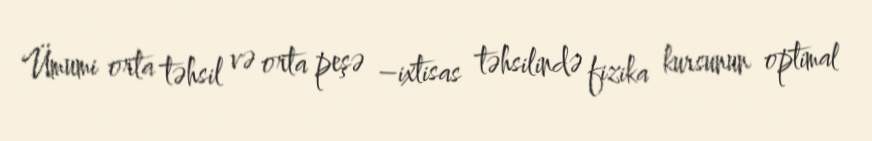
Ümumi orta təhsil və orta peşə –ixtisas təhsilində fizika kursunun optimal